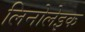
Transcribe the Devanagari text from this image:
लिनोलेइक